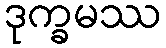
ဒုက္ခမဿ